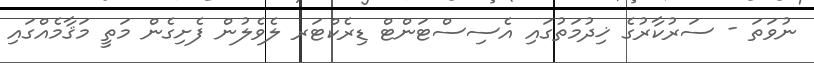
ނުވަތަ - ސަރުކާރުގެ ޚިދުމަތުގައި އެސިސްޓަންޓް ޑިރެކްޓަރ ލެވެލުން ފެށިގެން މަތީ މަޤާމެއްގައި